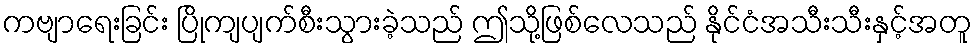
ကဗျာရေးခြင်း ပြိုကျပျက်စီးသွားခဲ့သည် ဤသို့ဖြစ်လေသည် နိုင်ငံအသီးသီးနှင့်အတူ